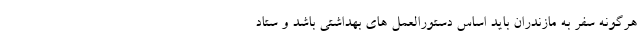
هرگونه سفر به مازندران باید اساس دستورالعمل های بهداشتی باشد و ستاد